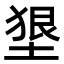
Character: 𡍭